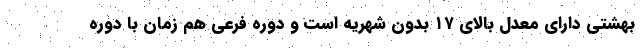
بهشتی دارای معدل بالای ۱۷ بدون شهریه است و دوره فرعی هم زمان با دوره